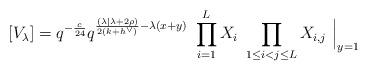
LaTeX: \begin{align*}[V_\lambda] = q^{-\frac{c}{24}} q^{\frac{(\lambda| \lambda + 2\rho) }{2(k+h^\vee)} -\lambda(x+y)}\ \prod_{i=1}^L X_i\ \prod_{1\leq i <j \leq L} X_{i,j} \ \Big\vert_{y=1}\end{align*}